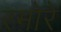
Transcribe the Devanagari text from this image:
रमोरे